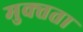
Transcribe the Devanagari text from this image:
मुक्‍तता